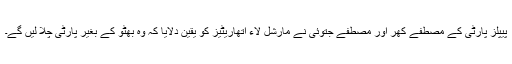
پیپلز پارٹی کے مصطفےٰ کھر اور مصطفےٰ جتوئی نے مارشل لاء اتھاریٹیز کو یقین دلایا کہ وہ بھٹو کے بغیر پارٹی چلا لیں گے۔